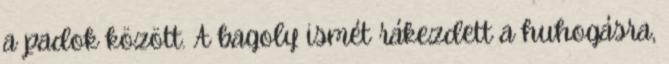
a padok között. A bagoly ismét rákezdett a huhogásra,